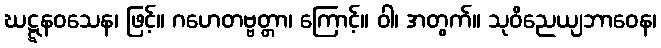
ဃဋ္ဋနဝသေန၊ ဖြင့်။ ဂဟေတဗ္ဗတ္တာ၊ ကြောင့်။ ဝါ၊ အတွက်။ သုဝိညေယျဘာဝေန၊